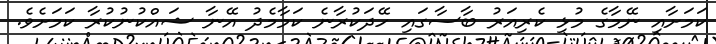
ކަަމަށާއި ނޭމާގެ މުޅި ކެރިއަރު ބާސާގައި ހޭދަކުރާނެ ކަމާމެދު އޭނާ ޝައްކުނުކުރާ ކަމަށެވެ.